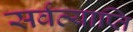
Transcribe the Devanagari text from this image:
सर्वव्याप्ति